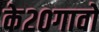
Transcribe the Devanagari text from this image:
के२०गावो